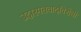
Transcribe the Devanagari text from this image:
उदारमतवादविरोधी